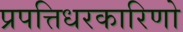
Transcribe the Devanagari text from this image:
प्रपत्तिधरकारिणो